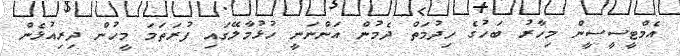
އެމްޓީސީސީން މިހާރު ބަހުގެ ހިދުމަތް ދެމުން އަންނަނީ ހުޅުމާލޭގައި ފުރަތަމަ މީހުން ދިރިއުޅެން